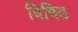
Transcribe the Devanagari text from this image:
विषिठ